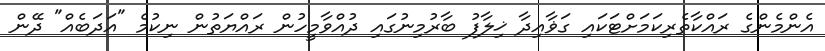
އެންމެންގެ ރައްކާތެރިކަމަށްޓަކައި ގަޥާއިދާ ޚިލާފު ބާރުމިނުގައި ދުއްވާމީހުން ރައްޔަތުން ނިކުމެ "އަދަބެއް" ދޭން